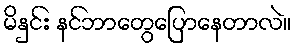
မိနှင်း နင်ဘာတွေပြောနေတာလဲ။